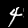
Digit: 4